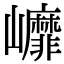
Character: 㠧